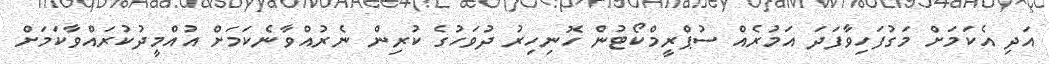
އަދި އެކަމަށް މަގުފަހިވާފަދަ އަމުރެއް ސުޕްރީމްކޯޓުން ހޮނިހިރު ދުވަހުގެ ކުރިން ނެރުއްވާނެކަމަށް އުއްމީދުކުރައްވާކަމަށް